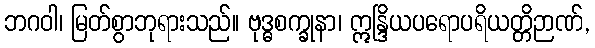
ဘဂဝါ၊ မြတ်စွာဘုရားသည်။ ဗုဒ္ဓစက္ခုနာ၊ ဣန္ဒြိယပရောပရိယတ္တိဉာဏ်,